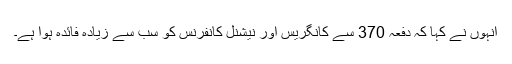
انہوں نے کہا کہ دفعہ 370 سے کانگریس اور نیشنل کانفرنس کو سب سے زیادہ فائدہ ہوا ہے۔